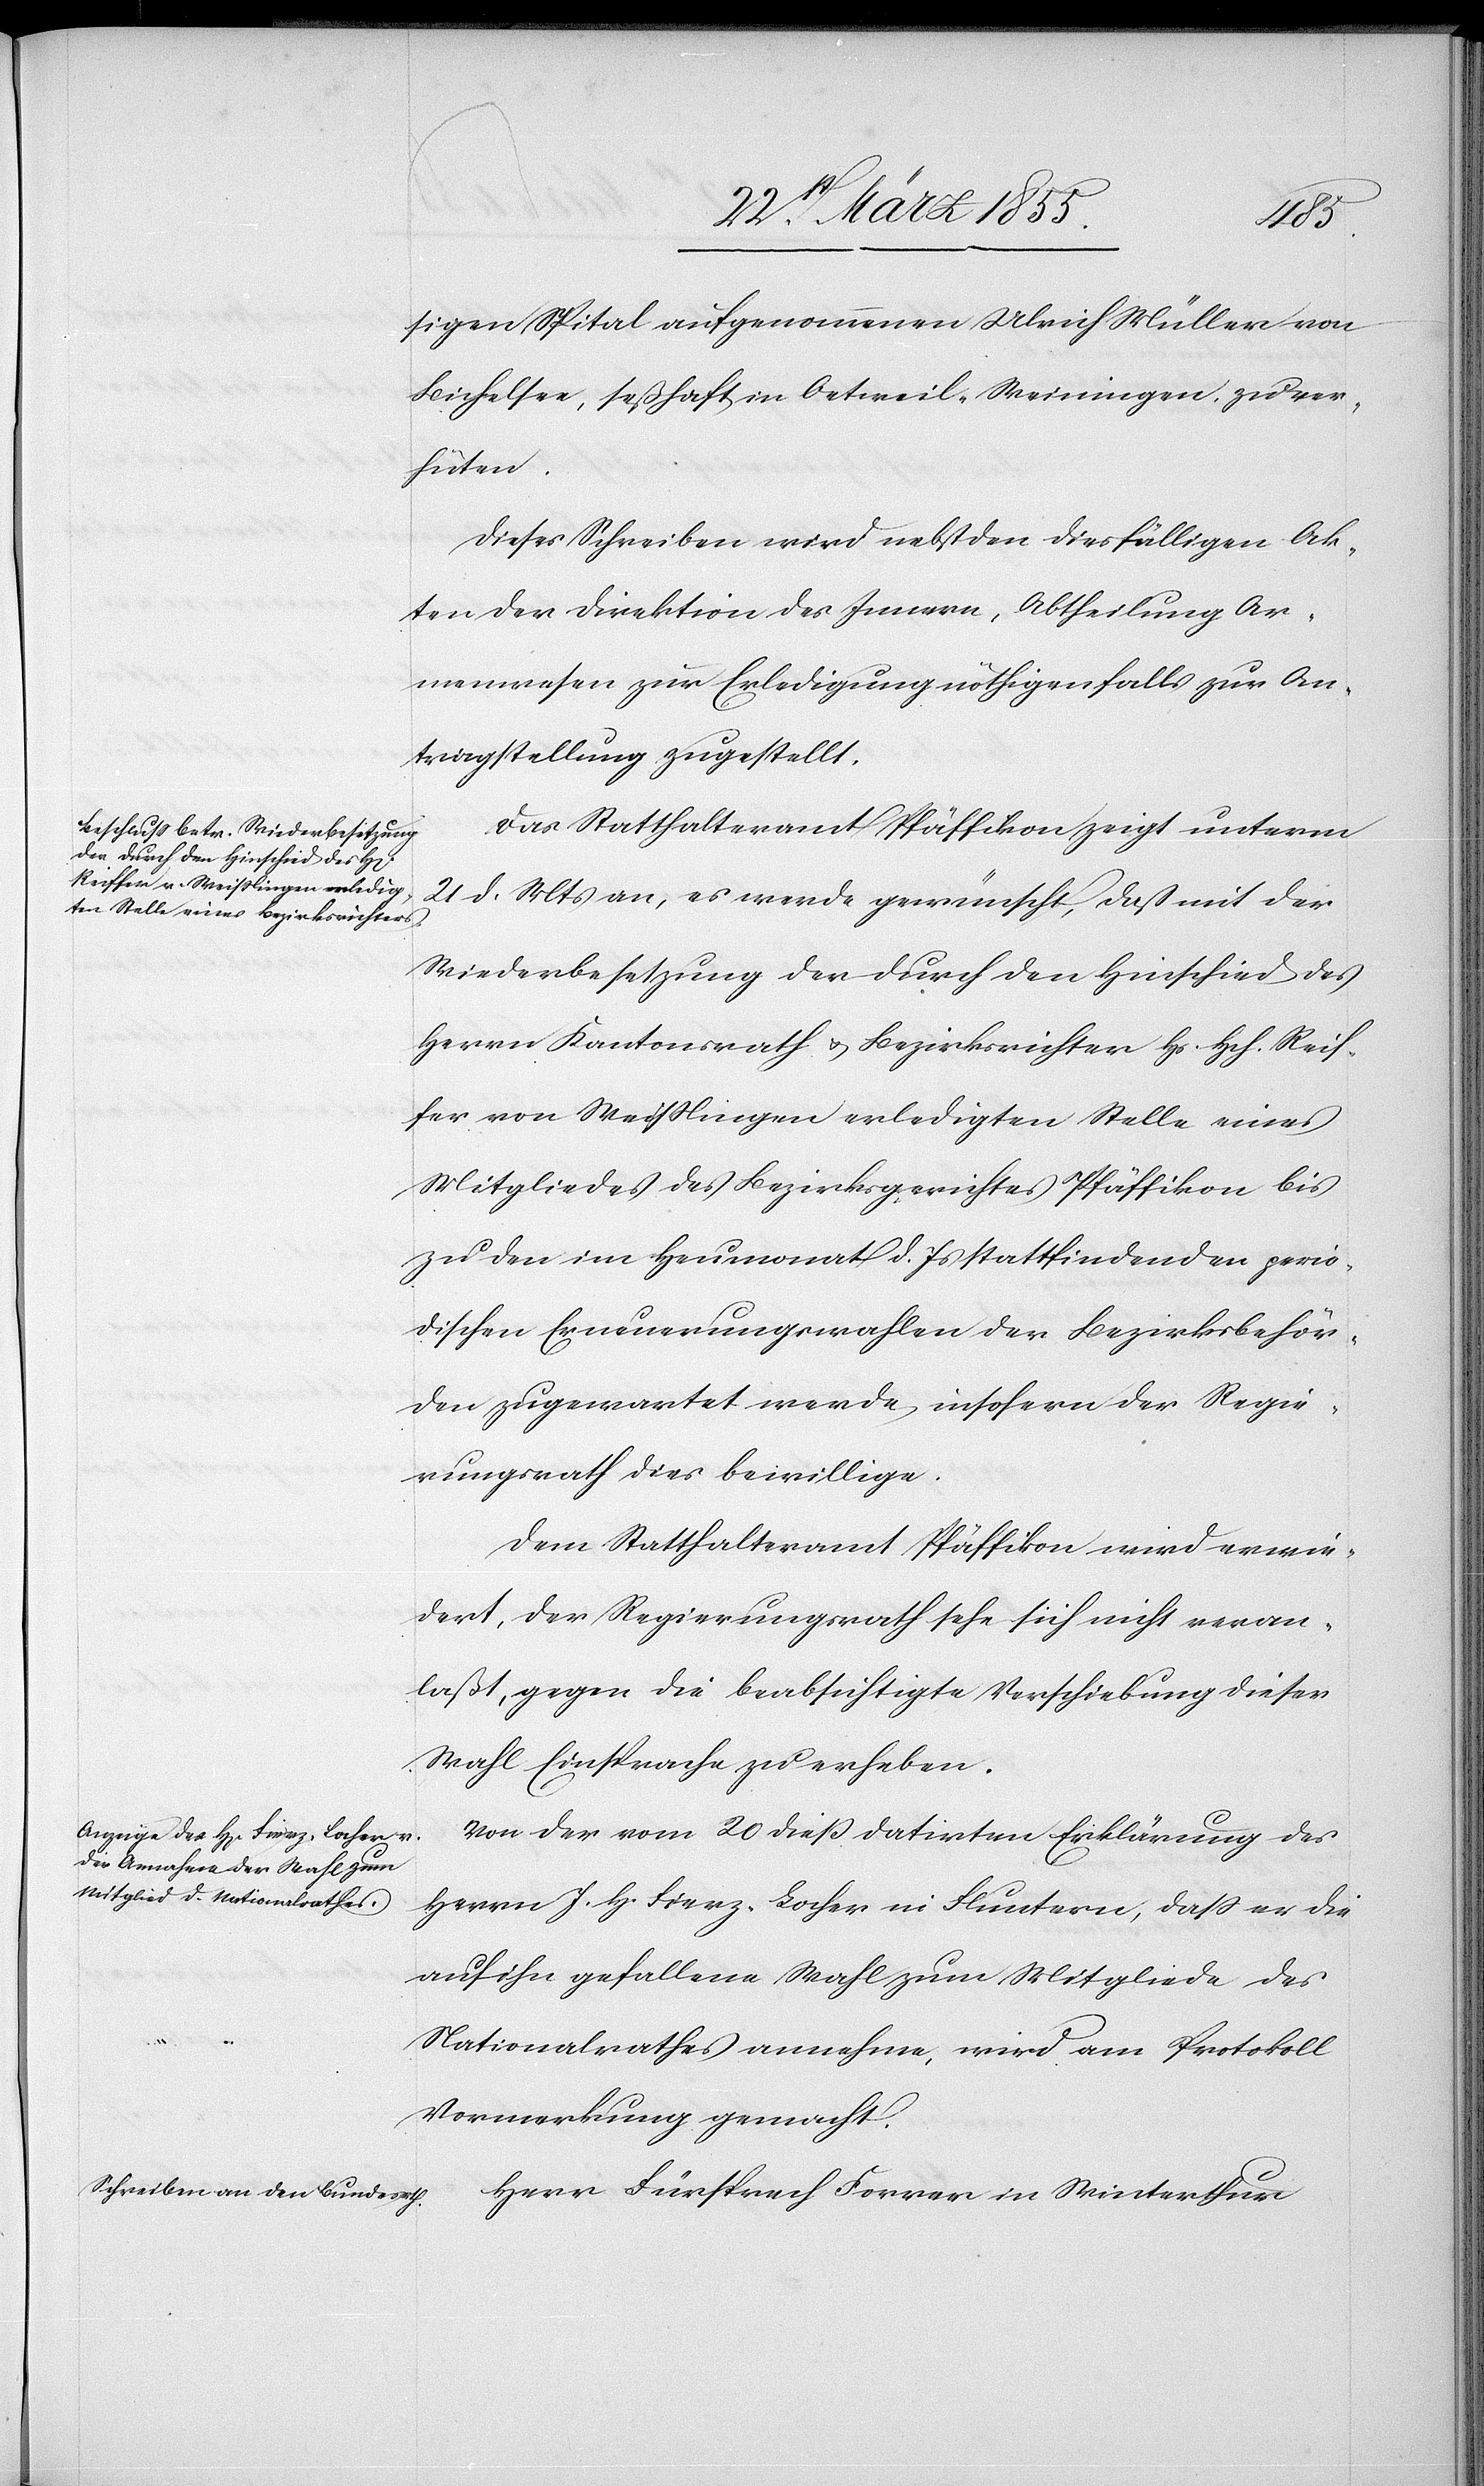
sigen Spital aufgenommenen Ulrich Müller von
Bichelsee, seßhaft in Oetweil-Weiningen, zu ver¬
hüten
Dieses Schreiben wird nebst den diesfälligen Ak¬
ten der Direktion des Innern, Abtheilung Ar¬
menwesen zur Erledigung nöthigenfalls zur An¬
tragstellung zugestellt.
Das Statthalteramt Pfäffikon zeigt unterm
21 d. Mts an, es werde gewüscht, daß mit der
Wiederbesetzung der durch den Hinschied des
Herrn Kantonsrath & Bezirksrichter Hs. Hch. Reif¬
fer von Weisslingen erledigten Stelle eines
Mitgliedes des Bezirksgerichtes Pfäffikon bis
zu den im Heumonat d. Js stattfindenden perio¬
dischen Erneuerungswahlen der Bezirksbehör¬
den zugewartet werde, insofern der Regie¬
rungsrath dies bewillige.
Dem Statthalteramt Pfäffikon wird erwie¬
dert, der Regierungsrath sehe sich nicht veran¬
laßt, gegen die beabsichtigte Verschiebung dieser
Wahl Einsprache zu erheben.
Von der vom 20 dieß datirten Erklärung des
Herrn J. H. Fierz-Locher in Fluntern, dass er die
auf ihn gefallene Wahl zum Mitgliede des
Nationalrathes annehme, wird am Protokoll
Vormerkung gemacht.
Herr Fürsprech Forrer in Winterthur